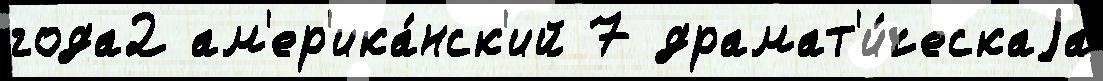
года2 ам'ер'ика́нск'ий 7 драмат'и́ческаjа